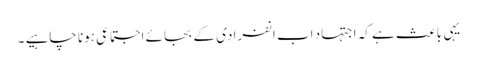
یہی باعث ہے کہ اجتہاد اب انفرادی کے بجائے اجتماعی ہونا چاہیے ۔